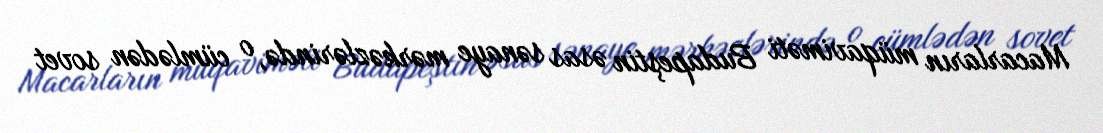
Macarların müqaviməti Budapeştin əsas sənaye mərkəzlərində, o cümlədən sovet